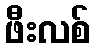
ဖီးလစ်